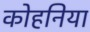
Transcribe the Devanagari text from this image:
कोहनिया